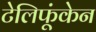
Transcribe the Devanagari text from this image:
टेलिफूंकेन